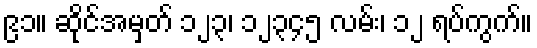
၉၁။ ဆိုင်အမှတ် ၁၂၃၊ ၁၂၃၄၅ လမ်း၊ ၁၂ ရပ်ကွက်။